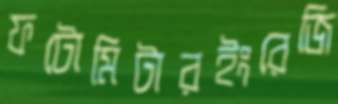
ফটোমিটারইংরেজি